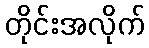
တိုင်းအလိုက်